Civil Veterinary Dept. Bombay admin report 1923-31 - 1923-1931
Year: 1923
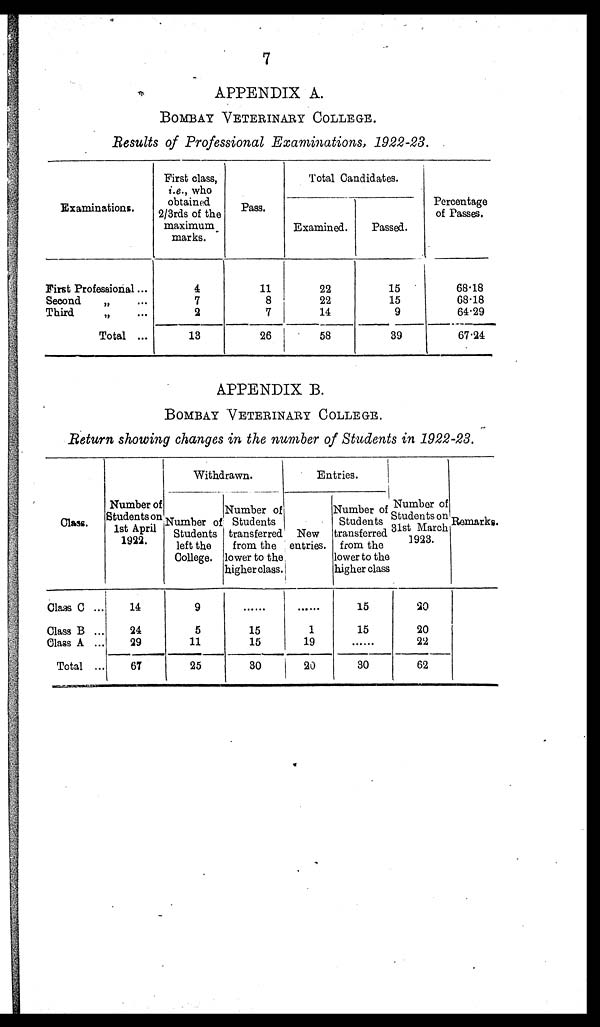
7
APPENDIX A.
BOMBAY VETERINARY COLLEGE.
Results of Professional Examinations, 1922-23.
Examinations.
First Professional ...
Second
„ ...
Third „ ...
Total ...
First class,
i.e., who
obtained
2/3rds of the
maximum
marks.
4
7
2
13
Pass.
11
8
7
26
Total Candidates.
Examined.
22
22
14
58
Passed.
15
15
9
39
Percentage
of Passes.
68.18
68.18
64.29
67.24
APPENDIX B.
BOMBAY VETERINARY COLLEGE.
Return showing changes in the number of Students in 1922-23.
Class.
Class C ...
Class B ...
Class A ...
Total ...
Number of
Students on
1st April
1922.
14
24
29
67
Withdrawn.
Number of
Students
left the
College.
9
5
11
25
Number of
Students
transferred
from the
lower to the
higher class.
......
15
15
30
Entries.
Now
entries.
......
1
19
20
Number of
Students
transferred
from the
lower to the
higher class
15
15
......
30
Number of
Students on
31st March
1923.
20
20
22
62
Remarks.